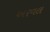
અરવલ